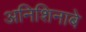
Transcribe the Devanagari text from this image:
अनिशिनाबे